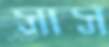
সার্স